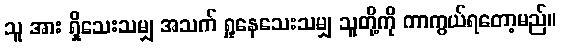
သူ အား ရှိသေးသမျှ အသက် ရှုနေသေးသမျှ သူတို့ကို ကာကွယ်ရတော့မည်။